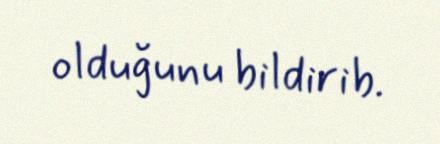
olduğunu bildirib.